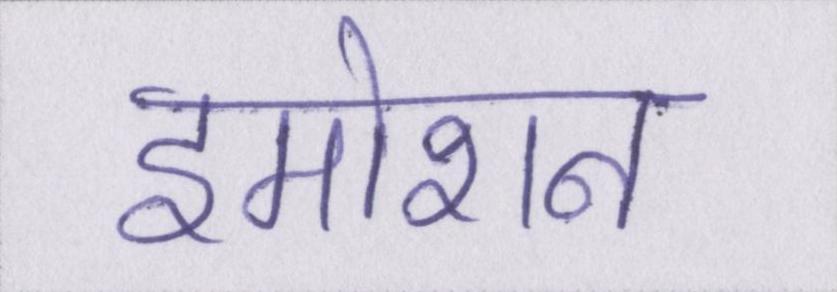
इमोशन